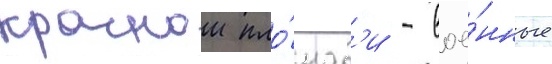
краснои пло́щад'и - вое́нные